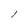
Character: l